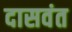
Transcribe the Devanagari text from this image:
दासवंत